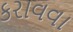
કરાવવા